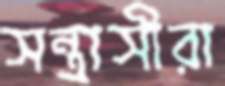
সন্ত্রাসীরা